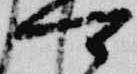
可